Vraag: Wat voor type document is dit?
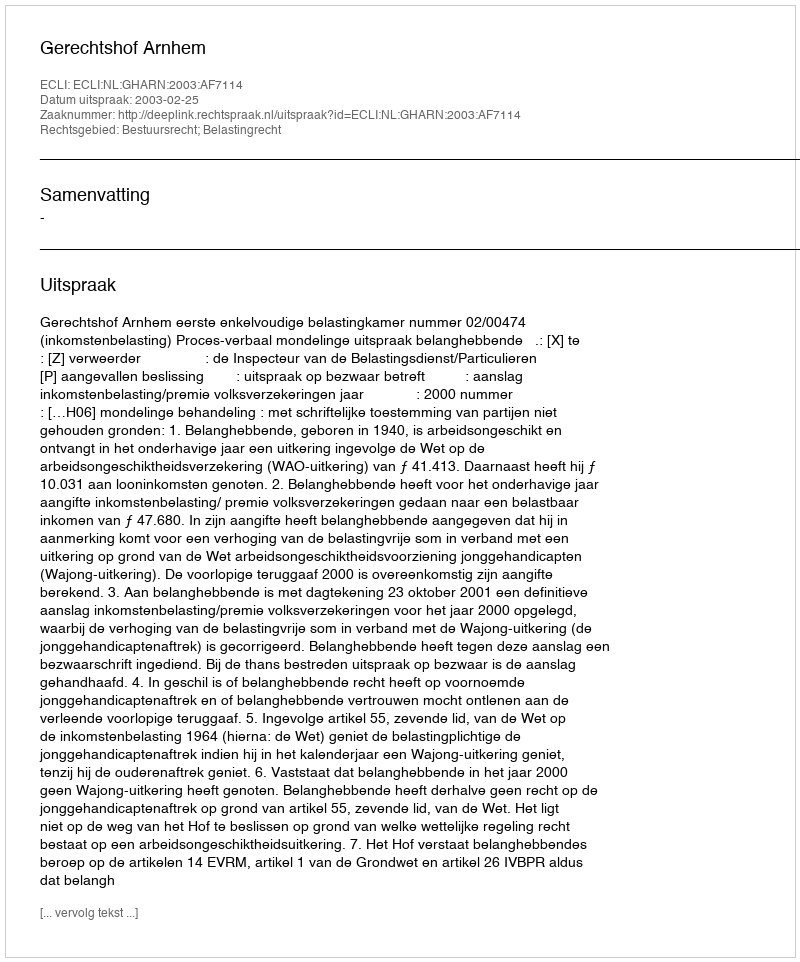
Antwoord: Uitspraak